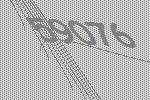
59076